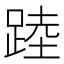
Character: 踛